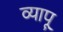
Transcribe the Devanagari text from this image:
व्यापू